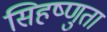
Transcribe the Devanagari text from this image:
सिहष्णुता